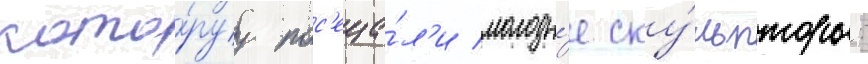
кото́руу пос'еща́л'и молоды́е ску́льпторы: